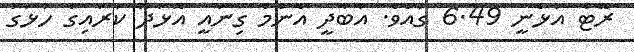
ރޭޓް އުޅެނީ 6.49 ގައެވެ. އާބާދީ އެންމެ ގިނައީ އޮޅުދޫ ކަރައިގެ ހުޅަގު